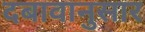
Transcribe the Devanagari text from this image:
दबावानुसार